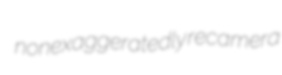
nonexaggeratedly recamera